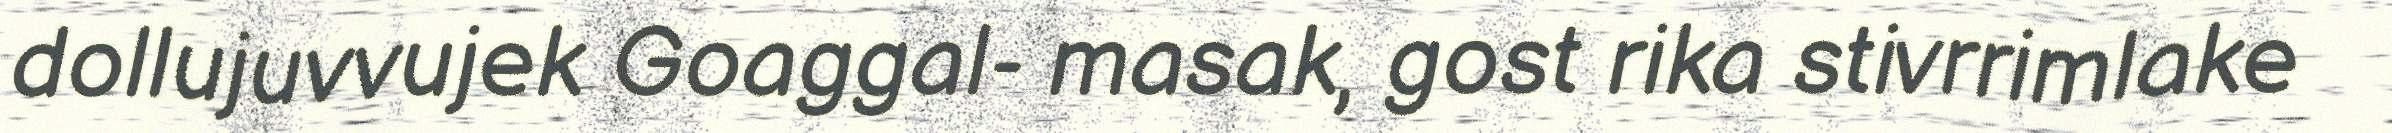
dollujuvvujek Goaggal- masak, gost rika stivrrimlake